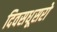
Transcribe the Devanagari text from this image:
दिवसधूसरो